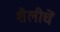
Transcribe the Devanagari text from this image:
शैलीचें